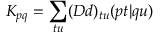
K _ { p q } = \sum _ { t u } ( D d ) _ { t u } ( p t | q u )